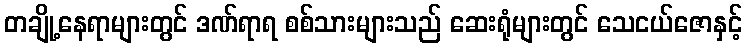
တချို့နေရာများတွင် ဒဏ်ရာရ စစ်သားများသည် ဆေးရုံများတွင် သေငယ်ဇောနှင့်